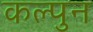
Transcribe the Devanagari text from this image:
कल्पुन